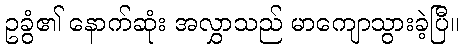
ဥခွံ၏ နောက်ဆုံး အလွှာသည် မာကျောသွားခဲ့ပြီ။